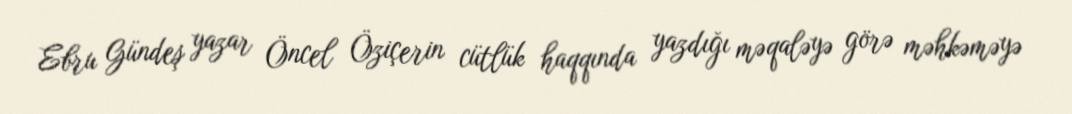
Ebru Gündeş yazar Öncel Öziçerin cütlük haqqında yazdığı məqaləyə görə məhkəməyə